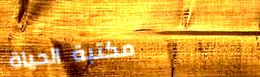
مكتبة الحياة